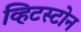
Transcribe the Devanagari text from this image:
व्हिटस्टोन